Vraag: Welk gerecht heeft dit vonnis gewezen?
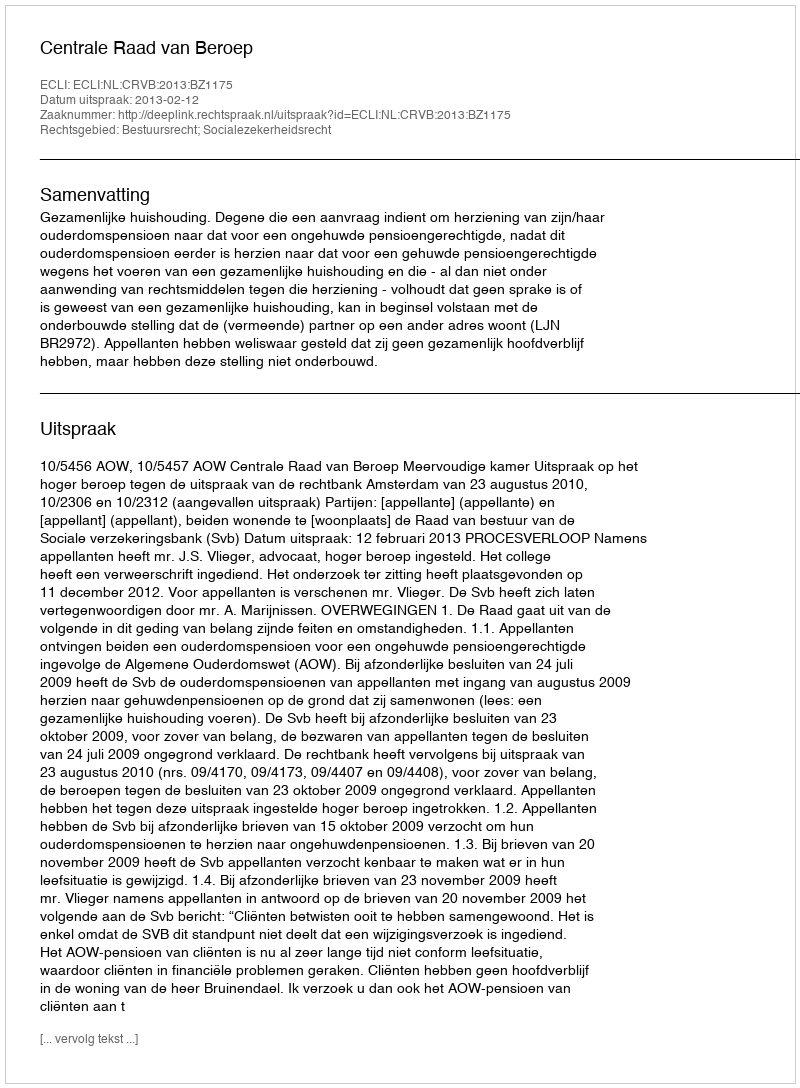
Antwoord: Centrale Raad van Beroep